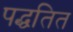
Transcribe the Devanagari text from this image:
पद्धतित